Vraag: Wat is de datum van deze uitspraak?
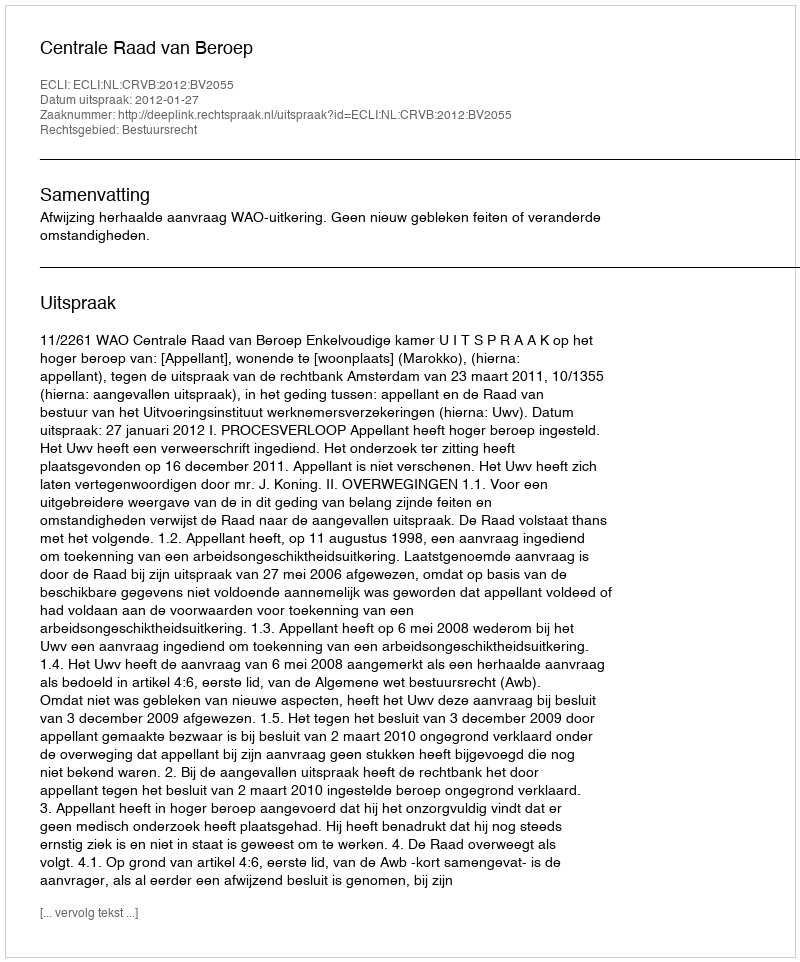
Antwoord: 2012-01-27